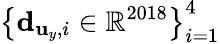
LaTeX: \left\{ {\mathbf d}_{{\mathbf u}_{y},i}\in\mathbb{R}^{2018}\right\} _{i=1}^{4}